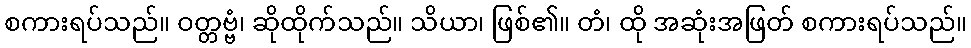
စကားရပ်သည်။ ဝတ္တဗ္ဗံ၊ ဆိုထိုက်သည်။ သိယာ၊ ဖြစ်၏။ တံ၊ ထို အဆုံးအဖြတ် စကားရပ်သည်။